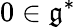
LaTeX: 0\in{\mathfrak{g}}^{*}